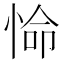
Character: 𭝕